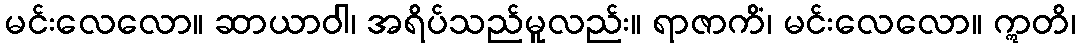
မင်းလေလော။ ဆာယာဝါ၊ အရိပ်သည်မူလည်း။ ရာဇာကိံ၊ မင်းလေလော။ ဣတိ၊